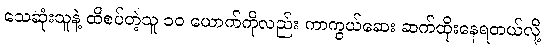
သေဆုံးသူနဲ့ ထိစပ်တဲ့သူ ၁၀ ယောက်ကိုလည်း ကာကွယ်ဆေး ဆက်ထိုးနေရတယ်လို့